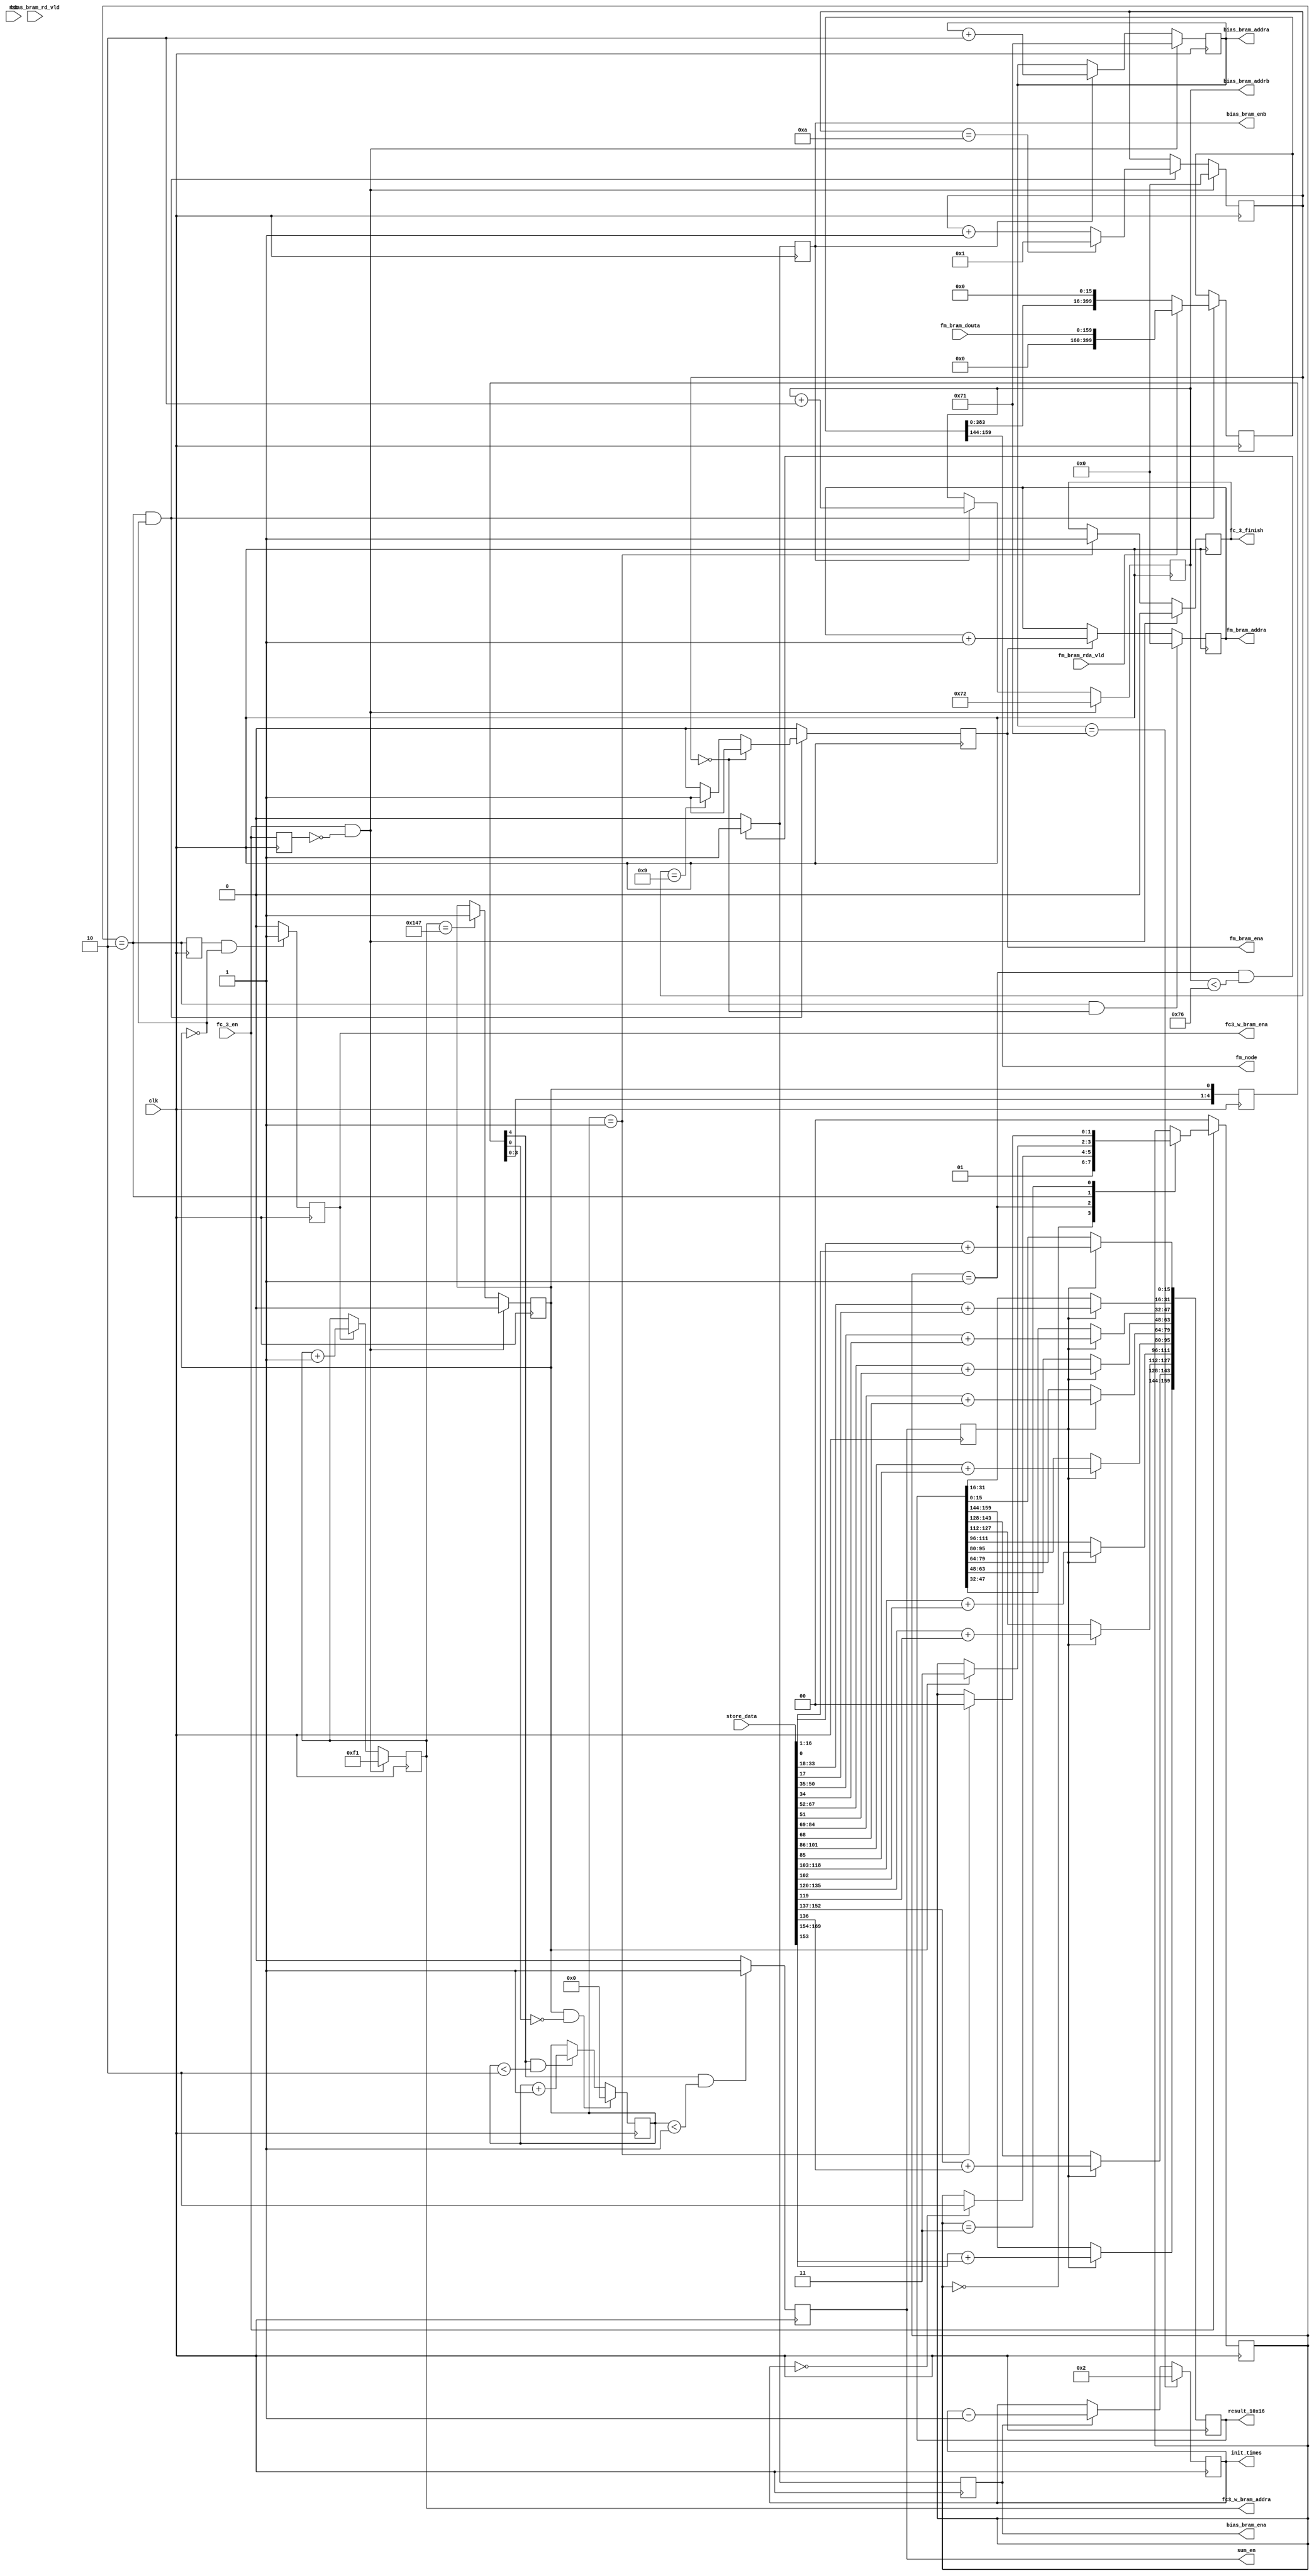
`timescale 1ns / 1ps
//////////////////////////////////////////////////////////////////////////////////
// Company: 
// Engineer: 
// 
// Design Name: 
// Module Name: fc_3
// Project Name: 
// Target Devices: 
// Tool Versions: 
// Description: 
// 
// Dependencies: 
// 
// Revision:
// Revision 0.01 - File Created
// Additional Comments:
// 
//////////////////////////////////////////////////////////////////////////////////




`define L_IDLE 0
`define BIAS_INIT 1
`define FC 2
`define SUM_UP 3
module fc_3(
input clk,
input rst,
input fc_3_en,
input bias_bram_rd_vld,
input [10*16-1:0] fm_bram_douta,
input fm_bram_rda_vld,
input [10*17-1:0] store_data,
output [15:0] fm_node,
output reg sum_en,
output reg bias_bram_ena,
output reg [6:0] bias_bram_addra,
output reg bias_bram_enb,
output reg [6:0] bias_bram_addrb,
output reg fc3_w_bram_ena,
output reg [8:0] fc3_w_bram_addra,
output reg fm_bram_ena,
output reg [4:0] fm_bram_addra,
output reg [10*16-1:0] result_10x16,
output reg [4:0] init_times,
output reg fc_3_finish
    );
    
reg [1:0] state;
reg fc_3_en_d;
wire fc_3_en_p;
reg fc_finish;
reg [4:0] fc_finish_d;
reg fc_start_d;
reg [4 : 0] cnt;
reg [25*16-1:0] fm_vector;
reg [3 : 0] sum_times;
reg sum_en_d;

assign fm_node = fm_vector [9*16 +: 16];

always @ (posedge clk)
begin
    fc_start_d <= (state == `FC);
end

always @ (posedge clk)
    fc_3_en_d <= fc_3_en;
assign fc_3_en_p = fc_3_en & ~fc_3_en_d;

always @ (posedge clk)
begin
    if (fc_3_en_p)
        fc_finish <= 0;
    else if (fc3_w_bram_addra == 327)
        fc_finish <= 1;
end

always @ (posedge clk)
begin
    fc_finish_d <= {fc_finish_d[3:0],fc_finish};
end

always @ (posedge clk) begin
    sum_en_d <= sum_en;
end

always @ (posedge clk)
begin
    if (fc_3_en_p)
        cnt <= 0;
    else if (state == `FC && ~fc_finish) begin
        if (cnt == 10)
            cnt <= 1;
        else 
            cnt <= cnt + 1;        
    end        
end

always @ (posedge clk)    
begin
    if (~fc_3_en)
        state <= `L_IDLE;
    else begin
        case (state) 
            `L_IDLE:    state <= `BIAS_INIT;
            `BIAS_INIT: begin
               if (init_times == 0)     
                state <= `FC;
            end
            `FC: begin
                if (fc_finish)
                    state <= `SUM_UP;
            end    
            `SUM_UP: begin
                if (sum_times == 1) 
                    state <= `L_IDLE;
            end
        endcase
    end
end    

always @ (posedge clk)
begin
    if (fc_3_en_p) 
        fc_3_finish <= 0;
    else if (sum_times == 1)
        fc_3_finish <= 1;
end

always @ (posedge clk)
begin
    if (state == `BIAS_INIT && bias_bram_addrb < 118) begin
        bias_bram_ena <= 1;
        bias_bram_enb <= 1;
    end
    else begin
        bias_bram_ena <= 0;
        bias_bram_enb <= 0;
    end    
end

always @ (posedge clk)
begin
    if (fc_3_en_p) begin
        bias_bram_addra <= 113;
        bias_bram_addrb <= 114;
    end
    else if (bias_bram_enb)begin
        bias_bram_addra <= bias_bram_addra + 2;
        bias_bram_addrb <= bias_bram_addrb + 2;
    end    
end

always @ (posedge clk) begin
    if (bias_bram_addra == 113)
        init_times <= 2;
    else if (bias_bram_ena)
        init_times <= init_times - 1;
end      

always @ (posedge clk) 
begin
    if (state == `FC && ~fc_finish) 
    begin
        if (cnt == 0)
            fm_bram_ena <= 1;
        else if (cnt == 9)
            fm_bram_ena <= 1;
        else fm_bram_ena <= 0;
    end
    else fm_bram_ena <= 0;         
end

always @ (posedge clk)
begin
    if (state == `FC && cnt == 0)
        fm_bram_addra <= 0;
    else if (fm_bram_ena)
        fm_bram_addra <= fm_bram_addra + 1;
end

always @ (posedge clk)
begin
    if (fc_start_d && ~fc_finish) 
    begin
        fc3_w_bram_ena <= 1;
    end
    else begin
        fc3_w_bram_ena <= 0;        
    end    
end

always @ (posedge clk)
begin
    if (fc_3_en_p) 
    begin
        fc3_w_bram_addra <= 241;
    end
    else if (fc3_w_bram_ena)
    begin
        fc3_w_bram_addra <= fc3_w_bram_addra + 1;
    end
end
  
always @ (posedge clk)
begin
    if (state == `FC && ~fc_finish) begin
        if (fm_bram_rda_vld)
            fm_vector <= fm_bram_douta;
        else 
            fm_vector <= fm_vector << 16;
    end
end  
  
always @ (posedge clk)
begin
    if (fc_finish_d[4] && sum_times < 1)
        sum_en <= 1;
    else sum_en <= 0;    
end

always @ (posedge clk)
begin
    if (fc_finish && ~fc_finish_d[0])
        sum_times<=0;
    else if (fc_finish_d[4] && sum_times < 2)
        sum_times <= sum_times + 1;
end


integer i;
always @ (posedge clk)
begin
    if (sum_en_d) begin  
        for (i= 0;i<10;i=i+1)
            result_10x16[i*16 +: 16] <= store_data[i*17+1 +: 16] + store_data[i*17];
    end
end

endmodule